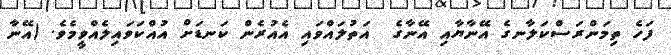
ފަހެ ތިމަންރަސްކަލާނގެ އޭނާޔާއި އޭނާގެ  އަތުލައްވައި އެއުރެން ކަނޑަށް އުއްކަވައިލެއްވީމެވެ. (އޭނާ